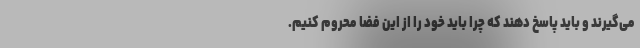
می‌گیرند و باید پاسخ دهند که چرا باید خود را از این فضا محروم کنیم.